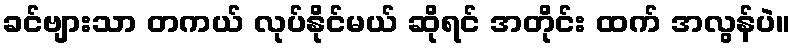
ခင်ဗျားသာ တကယ် လုပ်နိုင်မယ် ဆိုရင် အတိုင်း ထက် အလွန်ပဲ။